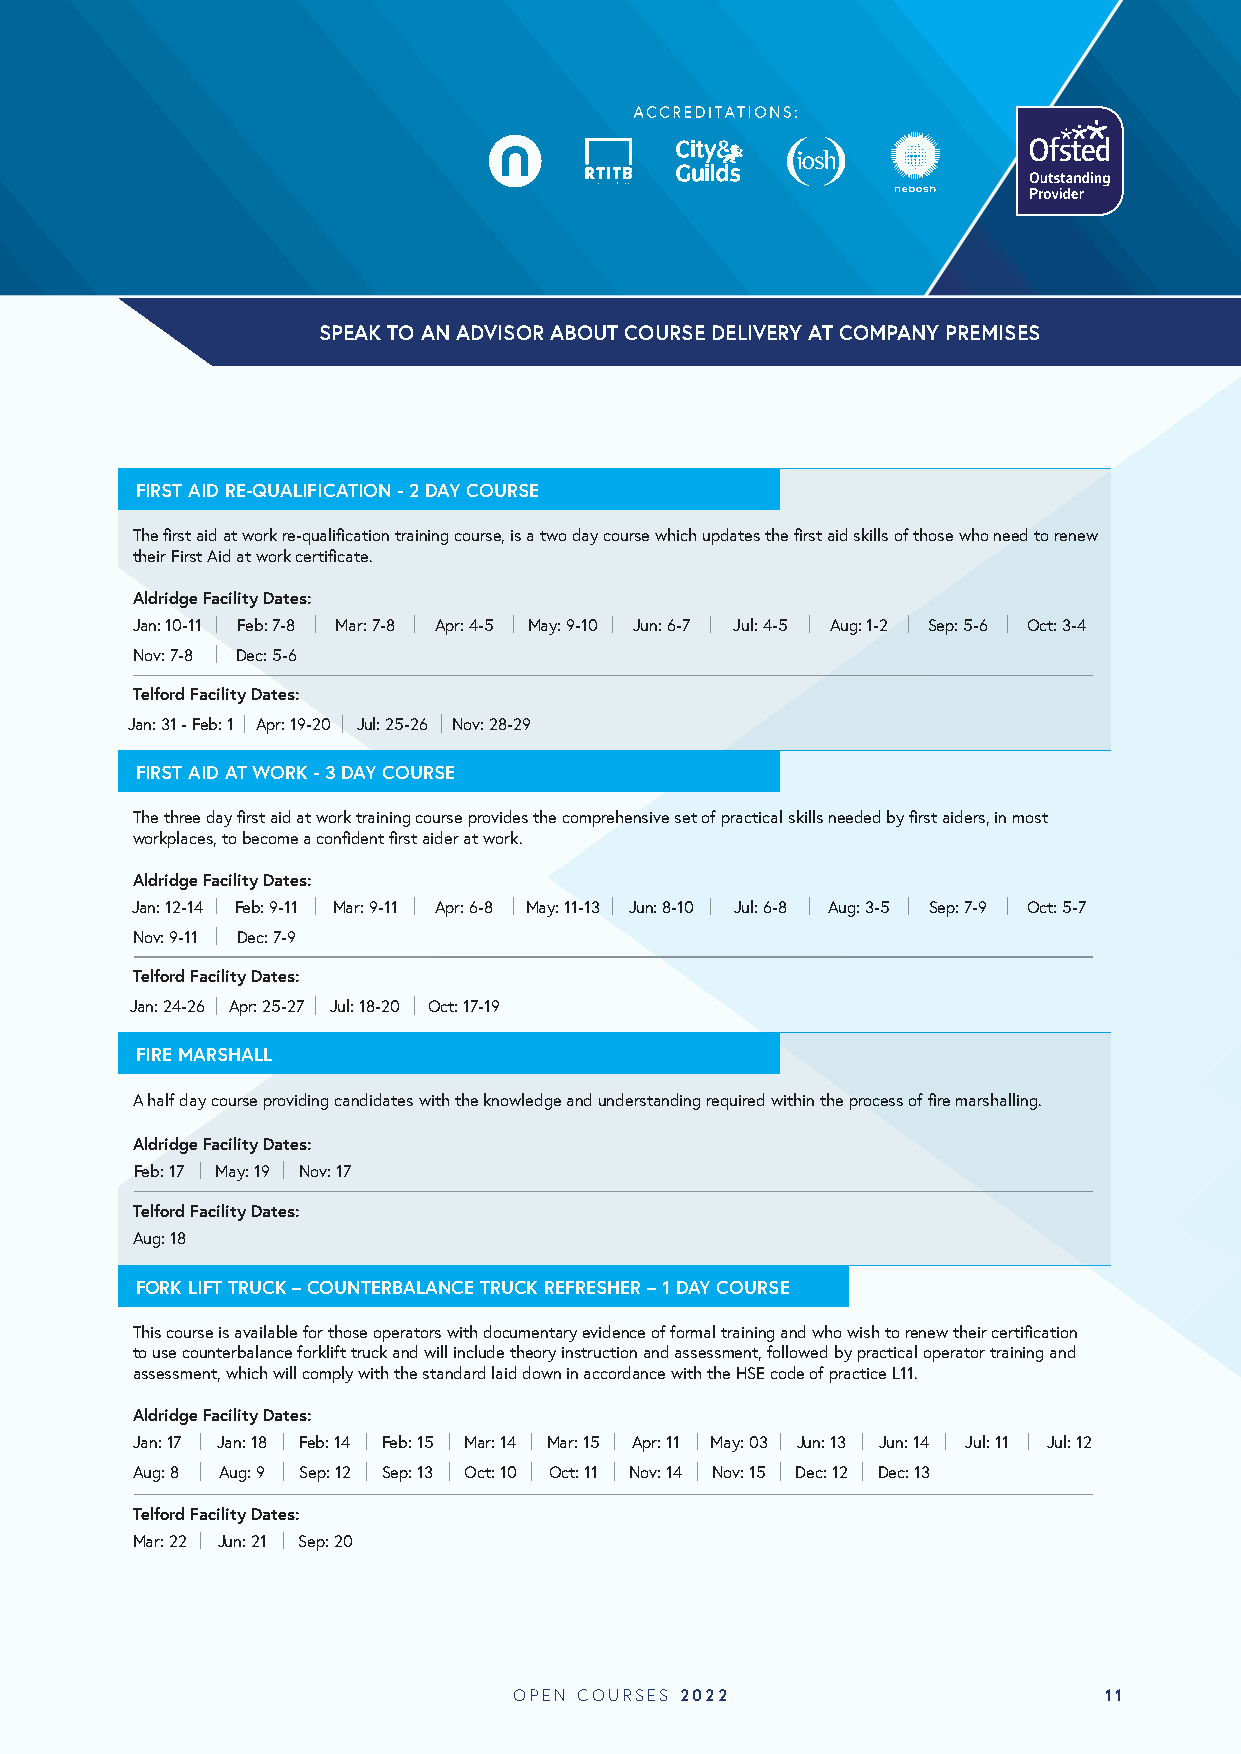
SPEAK TO AN ADVISOR ABOUT COURSE DELIVERY AT COMPANY PREMISES
 FIRST AID RE-QUALIFICATION - 2 DAY COURSE
 The first aid at work re-qualification training course, is a two day course which updates the first aid skills of those who need to renew
 their First Aid at work certificate.
 Aldridge Facility Dates:
 Jan: 10-11 Feb: 7-8 Mar: 7-8 Apr: 4-5 May: 9-10 Jun: 6-7 Jul: 4-5 Aug: 1-2 Sep: 5-6 Oct: 3-4
 Nov: 7-8 Dec: 5-6
 Telford Facility Dates:
 Jan: 31 - Feb: 1 Apr: 19-20 Jul: 25-26 Nov: 28-29
 FIRST AID AT WORK - 3 DAY COURSE
 The three day first aid at work training course provides the comprehensive set of practical skills needed by first aiders, in most
 workplaces, to become a confident first aider at work.
 Aldridge Facility Dates:
 Jan: 12-14 Feb: 9-11 Mar: 9-11 Apr: 6-8 May: 11-13 Jun: 8-10 Jul: 6-8 Aug: 3-5 Sep: 7-9 Oct: 5-7
 Nov: 9-11 Dec: 7-9
 Telford Facility Dates:
 Jan: 24-26 Apr: 25-27 Jul: 18-20 Oct: 17-19
 FIRE MARSHALL
 A half day course providing candidates with the knowledge and understanding required within the process of fire marshalling.
 Aldridge Facility Dates:
 Feb: 17 May: 19 Nov: 17
 Telford Facility Dates:
 Aug: 18
 FORK LIFT TRUCK – COUNTERBALANCE TRUCK REFRESHER – 1 DAY COURSE
 This course is available for those operators with documentary evidence of formal training and who wish to renew their certification
 to use counterbalance forklift truck and will include theory instruction and assessment, followed by practical operator training and
 assessment, which will comply with the standard laid down in accordance with the HSE code of practice L11.
 Aldridge Facility Dates:
 Jan: 17 Jan: 18 Feb: 14 Feb: 15 Mar: 14 Mar: 15 Apr: 11 May: 03 Jun: 13 Jun: 14 Jul: 11 Jul: 12
 Aug: 8 Aug: 9 Sep: 12 Sep: 13 Oct: 10 Oct: 11 Nov: 14 Nov: 15 Dec: 12 Dec: 13
 Telford Facility Dates:
 Mar: 22 Jun: 21 Sep: 20
 OPEN COURSES 2022                      11